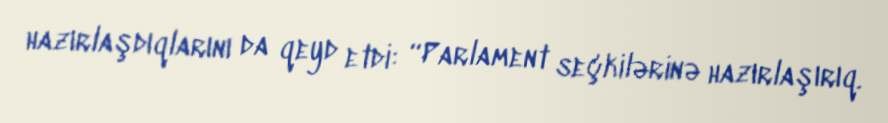
hazırlaşdıqlarını da qeyd etdi: “Parlament seçkilərinə hazırlaşırıq.